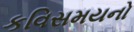
કવિસમયનો